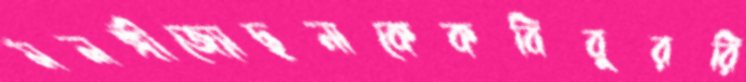
মলঙ্গীজ্যোছনাকেকবিবুররি